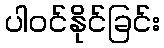
ပါဝင်နိုင်ခြင်း